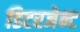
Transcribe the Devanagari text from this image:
डिटरजेन्ट